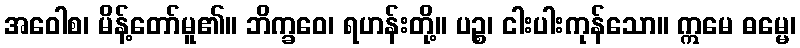
အဝေါစ၊ မိန့်တော်မူ၏။ ဘိက္ခဝေ၊ ရဟန်းတို့။ ပဉ္စ၊ ငါးပါးကုန်သော။ ဣမေ ဓမ္မေ၊